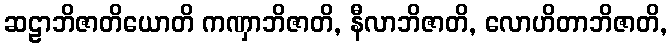
ဆဠာဘိဇာတိယောတိ ကဏှာဘိဇာတိ, နီလာဘိဇာတိ, လောဟိတာဘိဇာတိ,